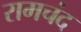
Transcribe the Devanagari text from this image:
रामचंद